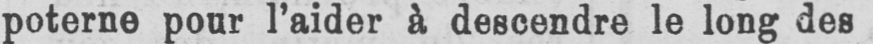
poterne pour l’aider à descendre le long des